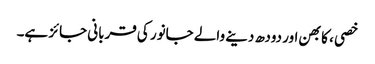
خصی ، کابھن اور دودھ دینے والے جانور کی قربانی جائز ہے۔